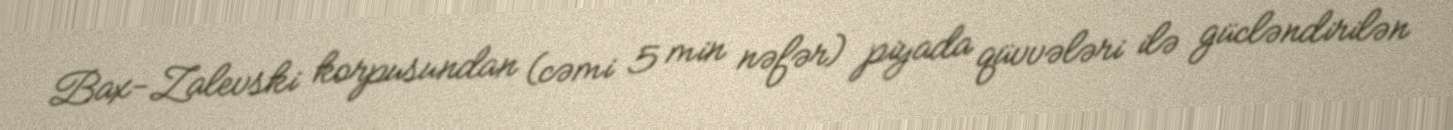
Bax-Zalevski korpusundan (cəmi 5 min nəfər) piyada qüvvələri ilə gücləndirilən